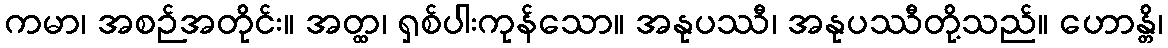
ကမာ၊ အစဉ်အတိုင်း။ အတ္ထ၊ ရှစ်ပါးကုန်သော။ အနုပဿီ၊ အနုပဿီတို့သည်။ ဟောန္တိ၊